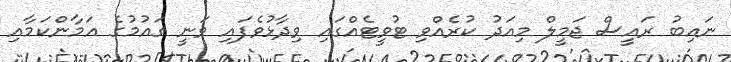
ނައިބު ރައީސް ޖަމީލް މިއަދު ކުރެއްވި ޓުވީޓެއްގައި ވިދާޅުވެފައި ވަނީ ގައުމުގެ އަމާންކަމާއި